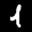
Label: 1